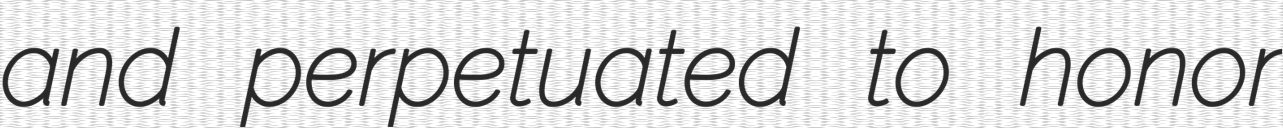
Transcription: and perpetuated to honor